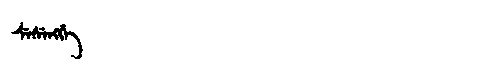
Manchu: ᠰᡝᠰᡝᠩᡤᡝ
Romanization: SESENGGE